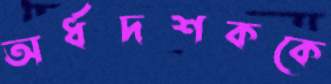
অর্ধদশককে